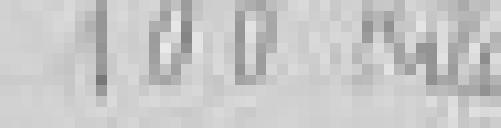
100 kilogrammes